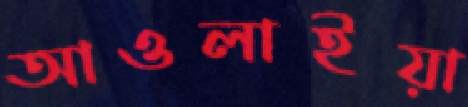
আওলাইয়া